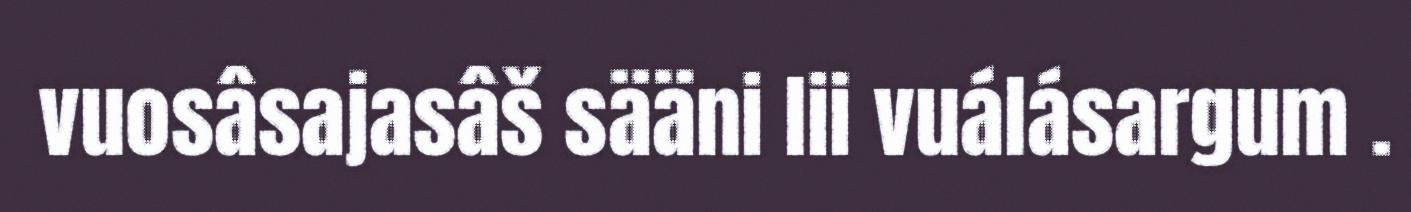
vuosâsajasâš sääni lii vuálásargum .